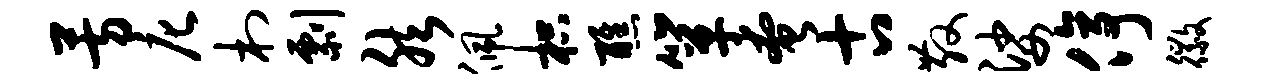
芳庀村剽然佩枳醮箪奄古散娑停徽